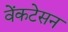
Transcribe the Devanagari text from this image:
वेंकटेसन